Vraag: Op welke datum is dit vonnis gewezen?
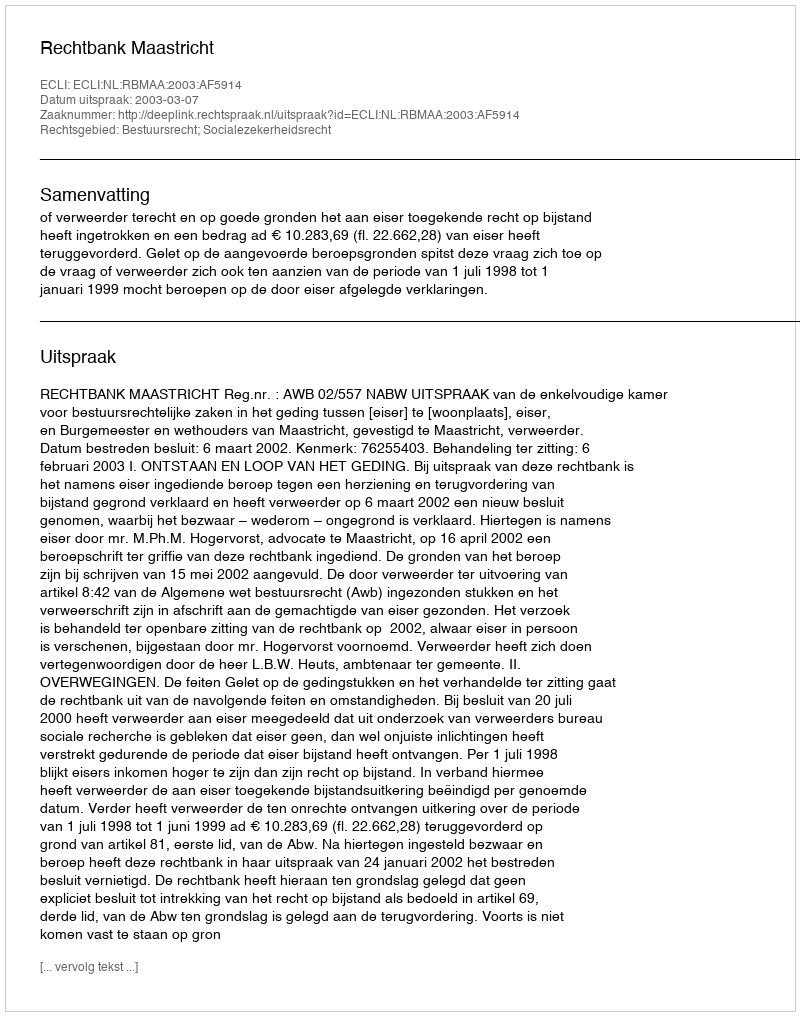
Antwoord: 2003-03-07